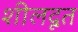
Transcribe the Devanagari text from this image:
शीलदूत